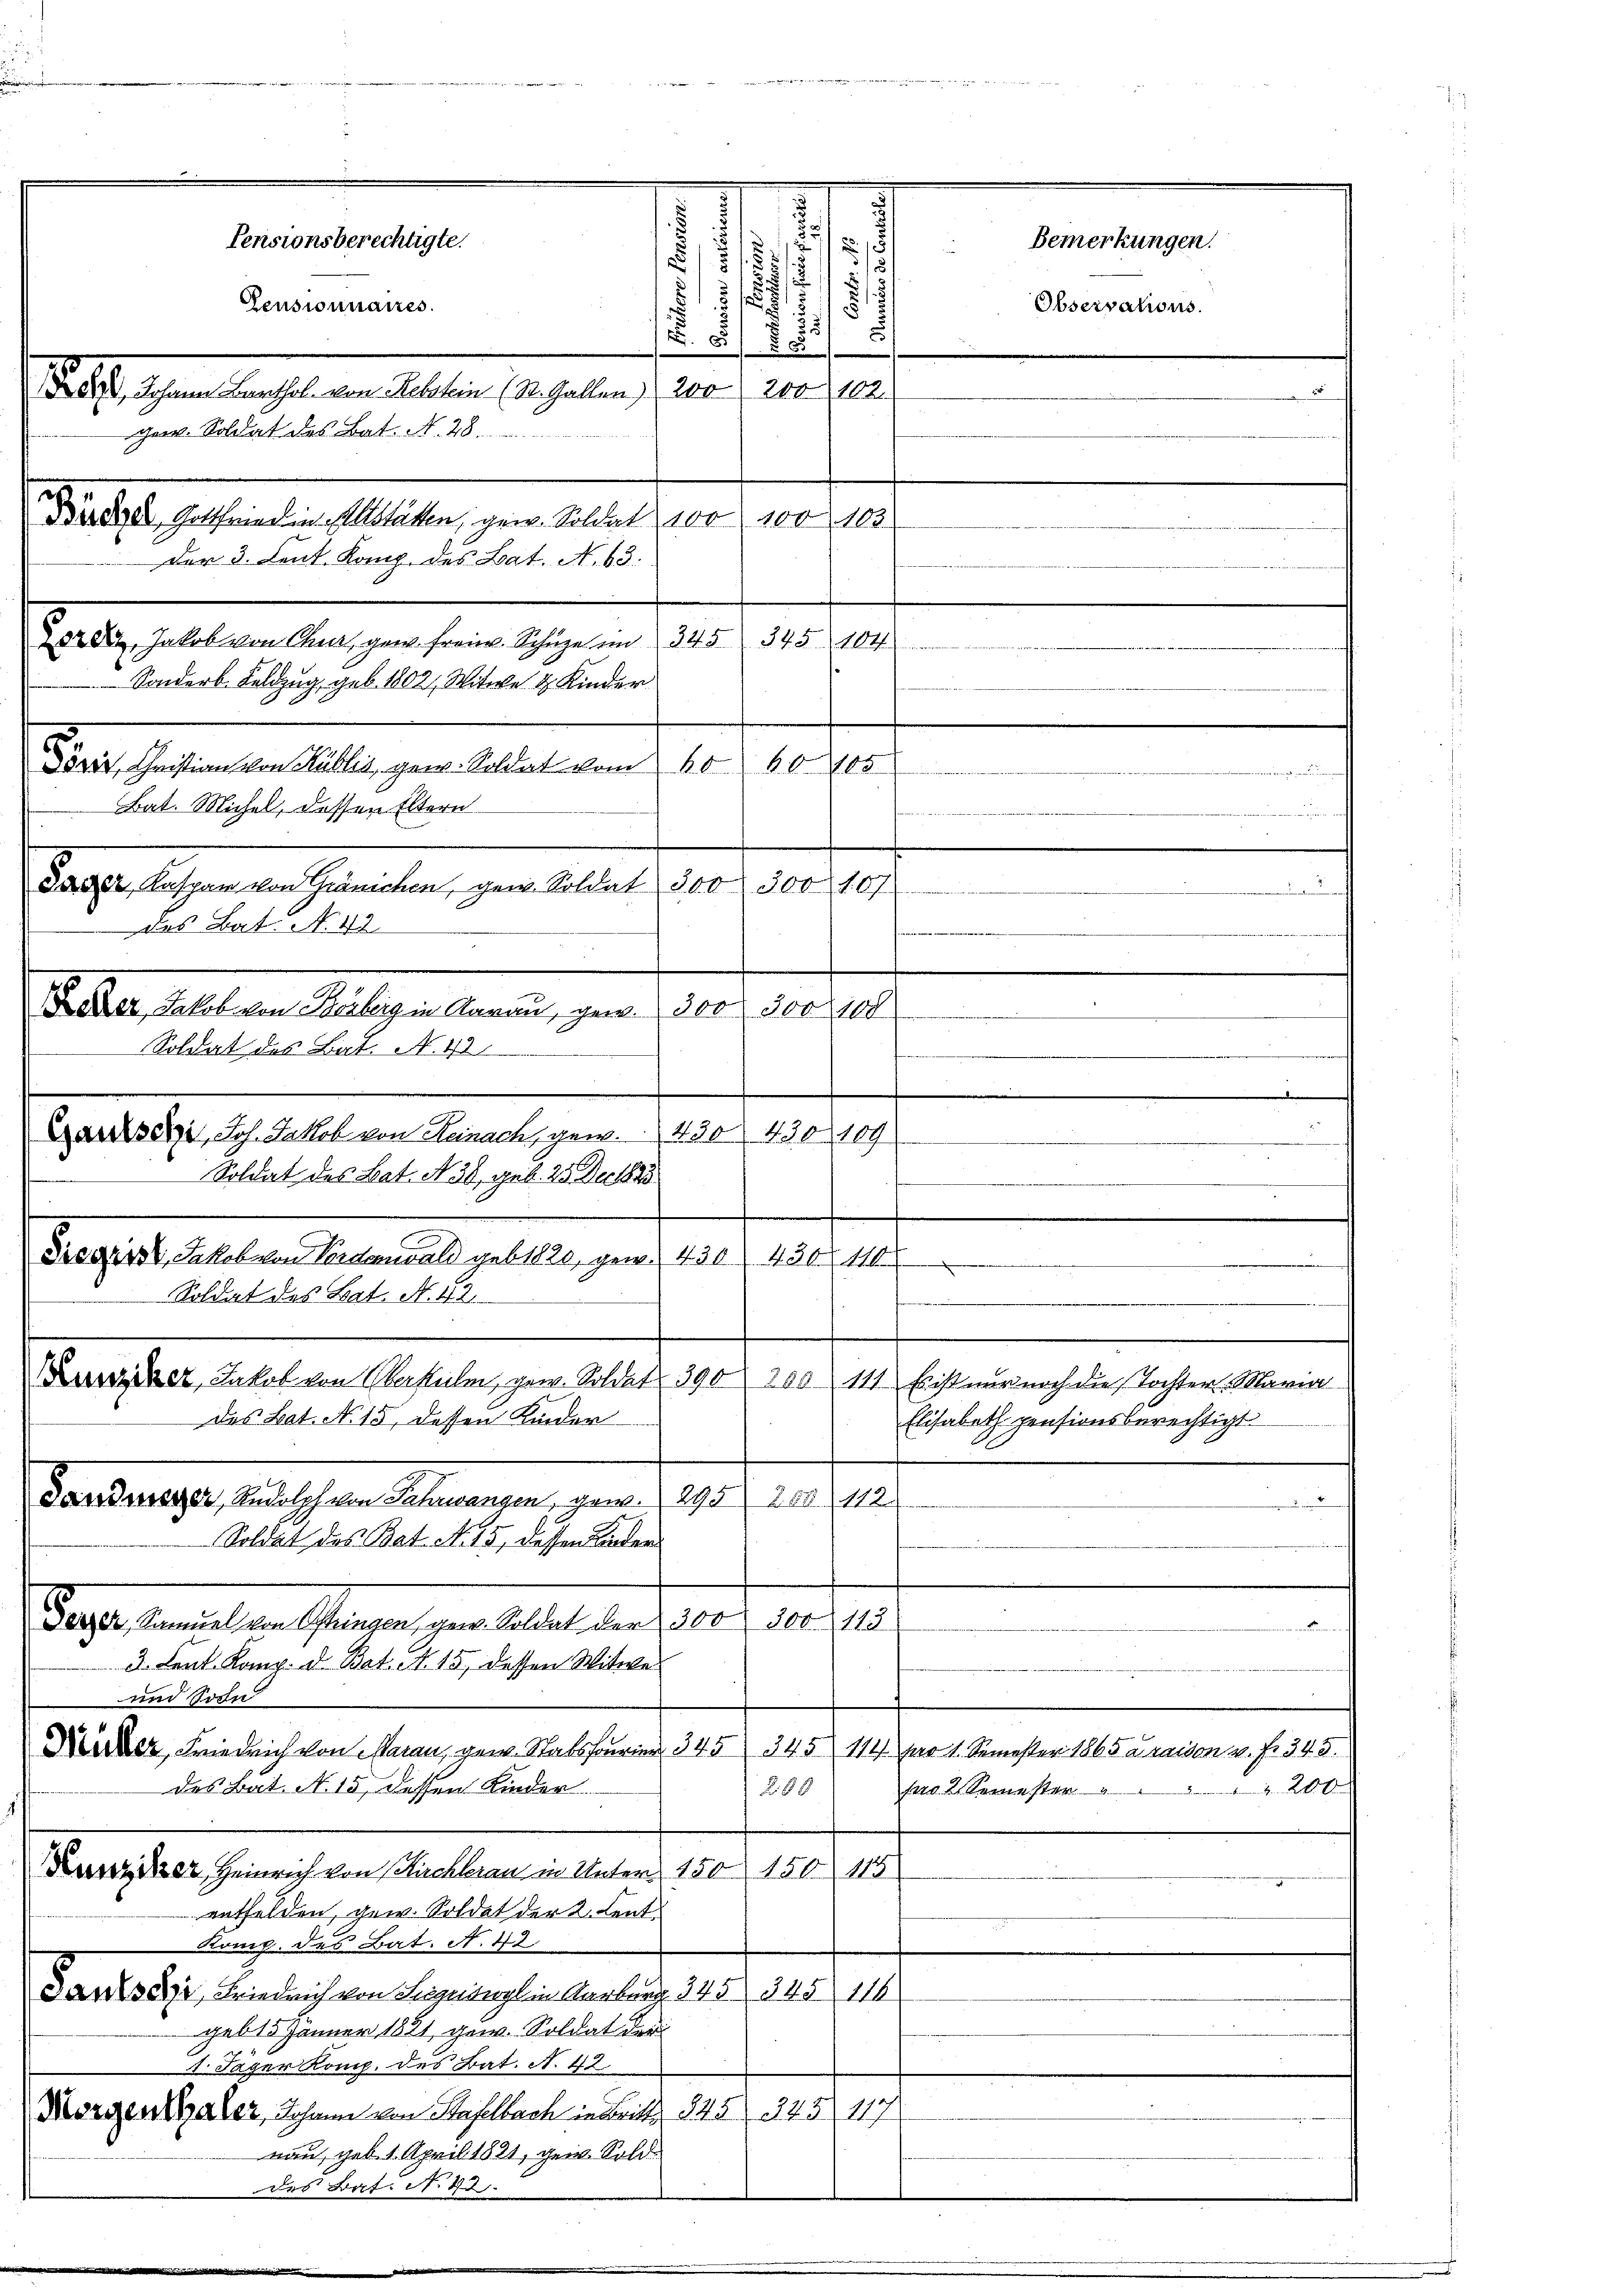
u

i
.
7
5
u
u
55
2
s
u
s
.
8
N. 8 80
s s. an den hat von Altern deshalten von 20 210.
Dir doch Gottfrieden Altstätten, gew. Soldat 100. 100 103.
Der 3. Lent. Komp. des Bat. N. 63.
228. Jakob von Chur gen freier Schüze im 345 345 104
Sonderb. Feldzug, geb. 1802, Witwe 4 Kinder
e
Dörer, Christian von Kullis, gew. Soldat vom 60. 60. 105
wicht der
Bat. Michel, dessen Eltern
Biene, sie der es neues er
300fr. bessen der Gemeister, gern allen
500. 300, 107
A
w
des Bat. No. 42.
Dotter, Jakob von Kalig in Aarau, gew. 300. 300,000
Soldat des Bat. N. 43

Ganksein, Joh. Jakob von Reinach, gew. 450 430 109
Soldat des Bat. N. 38, geb. 25 Dec 1890
Dieder, Jakob von Vorderwald geb. 1820, gew. 430 430 110
Soldat des Bat. N. 12.
Beier, Jakob von Oberkulm, gew. Soldat 390 200 111 Erist nur noch die Tochter Maria
des Bat. No 15 dessen Kinder
Hanshaeger, hat schen Schwangen, seine 100 rede

Pensionsberechtigte.
Pensionnaires.

Gen. Soldat des Bat. N. 48.

e
3
e

e
Elisabeth pensionsberechtigt
Soldat des Bat. N. 15, dessen Landen
Gage standelten Ganzen gern bestalt der der der
3. Dent. Komp. d. Bat. A. 15, dessen Witwe
und Sohn
6
Neder Friedrich von Aarau, gew. Stabsfourier, 345 345) 111 pr 1. Semester 1865 Kraison v. fr. 343.
des Bat. N. 15 dessen Kinder
289
sad 2. Semesten " " " " " 200
Hunziker, Heinrich von Kuchlerau in Unter 150 150 115
entfelden, gew. Soldet der 2. Lent.
Komp. des Bat. N. 42.
Jansehe, Friedrich von Segentel in Aarburg. 345 345 116
geb 15 Jänner 1881 gew. Soldat der
1. Jäger Komp. des Bat. A. 42
Morgenthaler, Johann von Stafelbach in Britt 845 245. 117
nau, geb. 1. April 1821, gew. Sold
des Bat. N. 43.

Bemerkungen.
Observations.

e

d